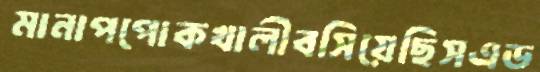
মানাপপোকখালীবসিয়েছিসএড